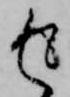
返